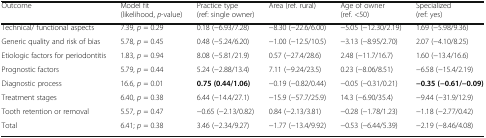
<table><thead><tr><td><b>Outcome</b></td><td><b>Model fit (likelihood, <i>p</i>-value)</b></td><td><b>Practice type (ref: single owner)</b></td><td><b>Area (ref. rural)</b></td><td><b>Age of owner (ref. &lt;50)</b></td><td><b>Specialized (ref: yes)</b></td></tr></thead><tbody><tr><td>Technical/ functional aspects</td><td>7.39, <i>p</i> = 0.29</td><td>0.18 (−6.93/7.28)</td><td>−8.30 (−22.6/6.00)</td><td>−5.05 (−12.30/2.19)</td><td>1.69 (−5.98/9.36)</td></tr><tr><td>Generic quality and risk of bias</td><td>5.78, <i>p</i> = 0.45</td><td>0.48 (−5.24/6.20)</td><td>−1.00 (−12.5/10.5)</td><td>−3.13 (−8.95/2.70)</td><td>2.07 (−4.10/8.25)</td></tr><tr><td>Etiologic factors for periodontitis</td><td>1.83, <i>p</i> = 0.94</td><td>8.08 (−5.81/21.9)</td><td>0.57 (−27.4/28.6)</td><td>2.48 (−11.7/16.7)</td><td>1.60 (−13.4/16.6)</td></tr><tr><td>Prognostic factors</td><td>5.79, <i>p</i> = 0.44</td><td>5.24 (−2.88/13.4)</td><td>7.11 (−9.24/23.5)</td><td>0.23 (−8.06/8.51)</td><td>−6.58 (−15.4/2.19)</td></tr><tr><td>Diagnostic process</td><td>16.6, <i>p</i> = 0.01</td><td><b>0.75 (0.44/1.06)</b></td><td>−0.19 (−0.82/0.44)</td><td>−0.05 (−0.31/0.21)</td><td><b>−0.35 (−0.61/−0.09)</b></td></tr><tr><td>Treatment stages</td><td>6.40, <i>p</i> = 0.38</td><td>6.44 (−14.4/27.1)</td><td>−15.9 (−57.7/25.9)</td><td>14.3 (−6.90/35.4)</td><td>−9.44 (−31.9/12.9)</td></tr><tr><td>Tooth retention or removal</td><td>5.57, <i>p</i> = 0.47</td><td>−0.65 (−2.13/0.82)</td><td>0.84 (−2.13/3.81)</td><td>−0.28 (−1.78/1.23)</td><td>−1.18 (−2.77/0.42)</td></tr><tr><td>Total</td><td>6.41; <i>p</i> = 0.38</td><td>3.46 (−2.34/9.27)</td><td>−1.77 (−13.4/9.92)</td><td>−0.53 (−6.44/5.39)</td><td>−2.19 (−8.46/4.08)</td></tr></tbody></table>